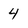
Character: 4